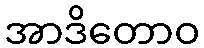
အာဒိတောဝ